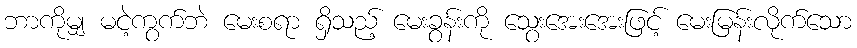
ဘာကိုမျှ မငဲ့ကွက်ဘဲ မေးစရာ ရှိသည့် မေးခွန်းကို သွေးအေးအေးဖြင့် မေးမြန်းလိုက်သော